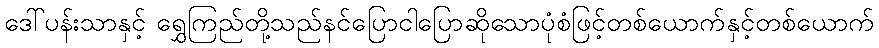
ဒေါ်ပန်းသာနှင့် ရွှေကြည်တို့သည်နင်ပြောငါပြောဆိုသောပုံစံဖြင့်တစ်ယောက်နှင့်တစ်ယောက်